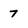
Character: 7